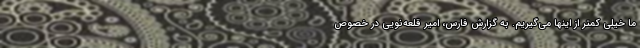
ما خیلی کمتر از اینها می‌گیریم. به گزارش فارس، امیر قلعه‌نویی در خصوص